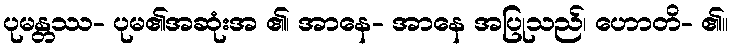
ပုမန္တဿ- ပုမ၏အဆုံးအ ၏၊ အာနေ- အာနေ အပြုသည်၊ ဟောတိ- ၏။